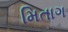
મિતાગ